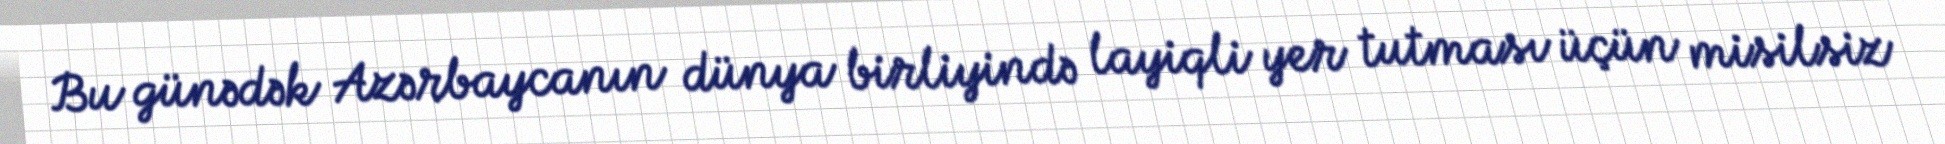
Bu günədək Azərbaycanın dünya birliyində layiqli yer tutması üçün misilsiz